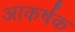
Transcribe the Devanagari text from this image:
अाकर्षक